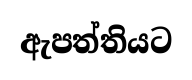
ඇපත්තියට